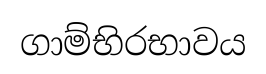
ගාම්භිරභාවය